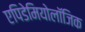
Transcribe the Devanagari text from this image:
एपिडेमियोलॉजिक